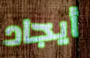
أيجاد